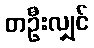
တဦးလျှင်